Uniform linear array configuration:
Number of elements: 8
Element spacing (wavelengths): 0.25
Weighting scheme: hamming
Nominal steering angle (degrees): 15
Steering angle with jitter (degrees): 14.436
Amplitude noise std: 0.05
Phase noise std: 0.05

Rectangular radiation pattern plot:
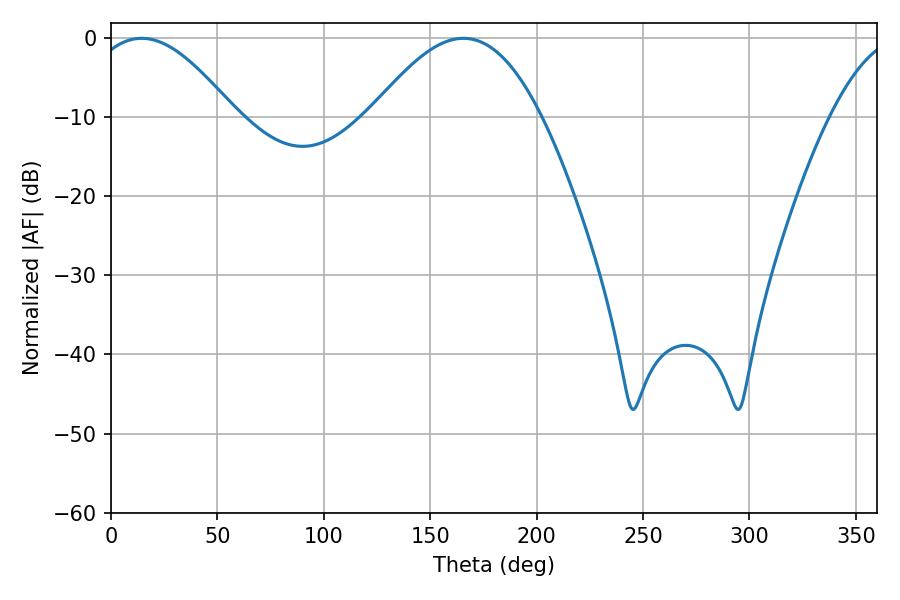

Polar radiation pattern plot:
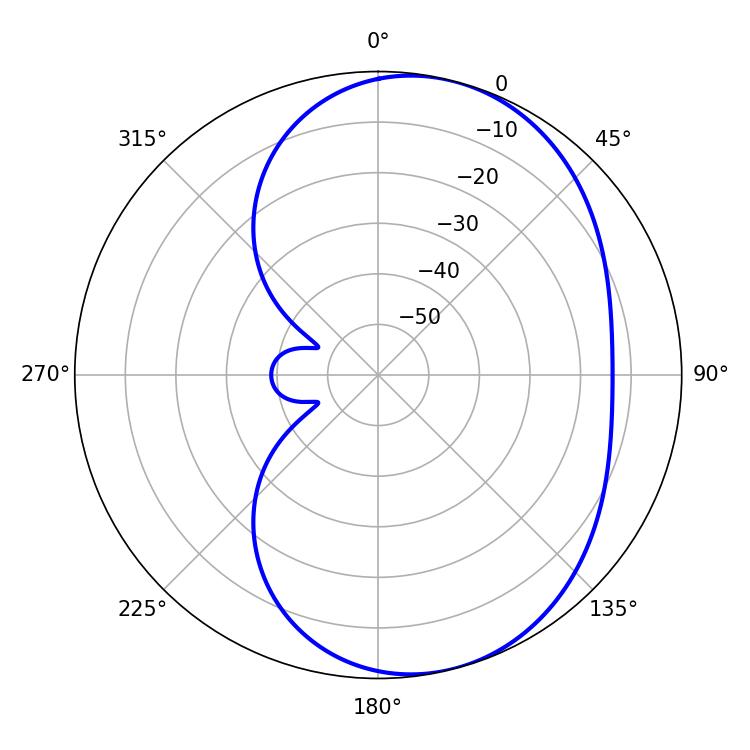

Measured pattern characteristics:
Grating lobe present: FALSE
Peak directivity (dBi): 6.069
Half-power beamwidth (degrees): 37.26
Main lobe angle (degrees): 14.4